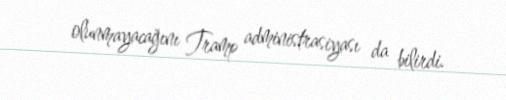
olunmayacağını Tramp administrasiyası da bilirdi.